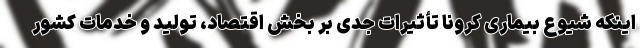
اینکه شیوع بیماری کرونا تأثیرات جدی بر بخش اقتصاد، تولید و خدمات کشور